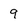
Character: 9